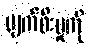
ပျက်စီးမှုကို